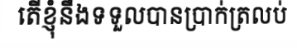
តើខ្ញុំនឹងទទួលបានប្រាក់ត្រលប់